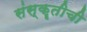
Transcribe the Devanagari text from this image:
संस्कॄतीची